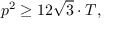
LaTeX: p ^ { 2 } \geq 1 2 { \sqrt { 3 } } \cdot T ,